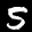
Label: 5